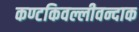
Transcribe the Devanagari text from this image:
कण्टकिवल्लीवन्दाक